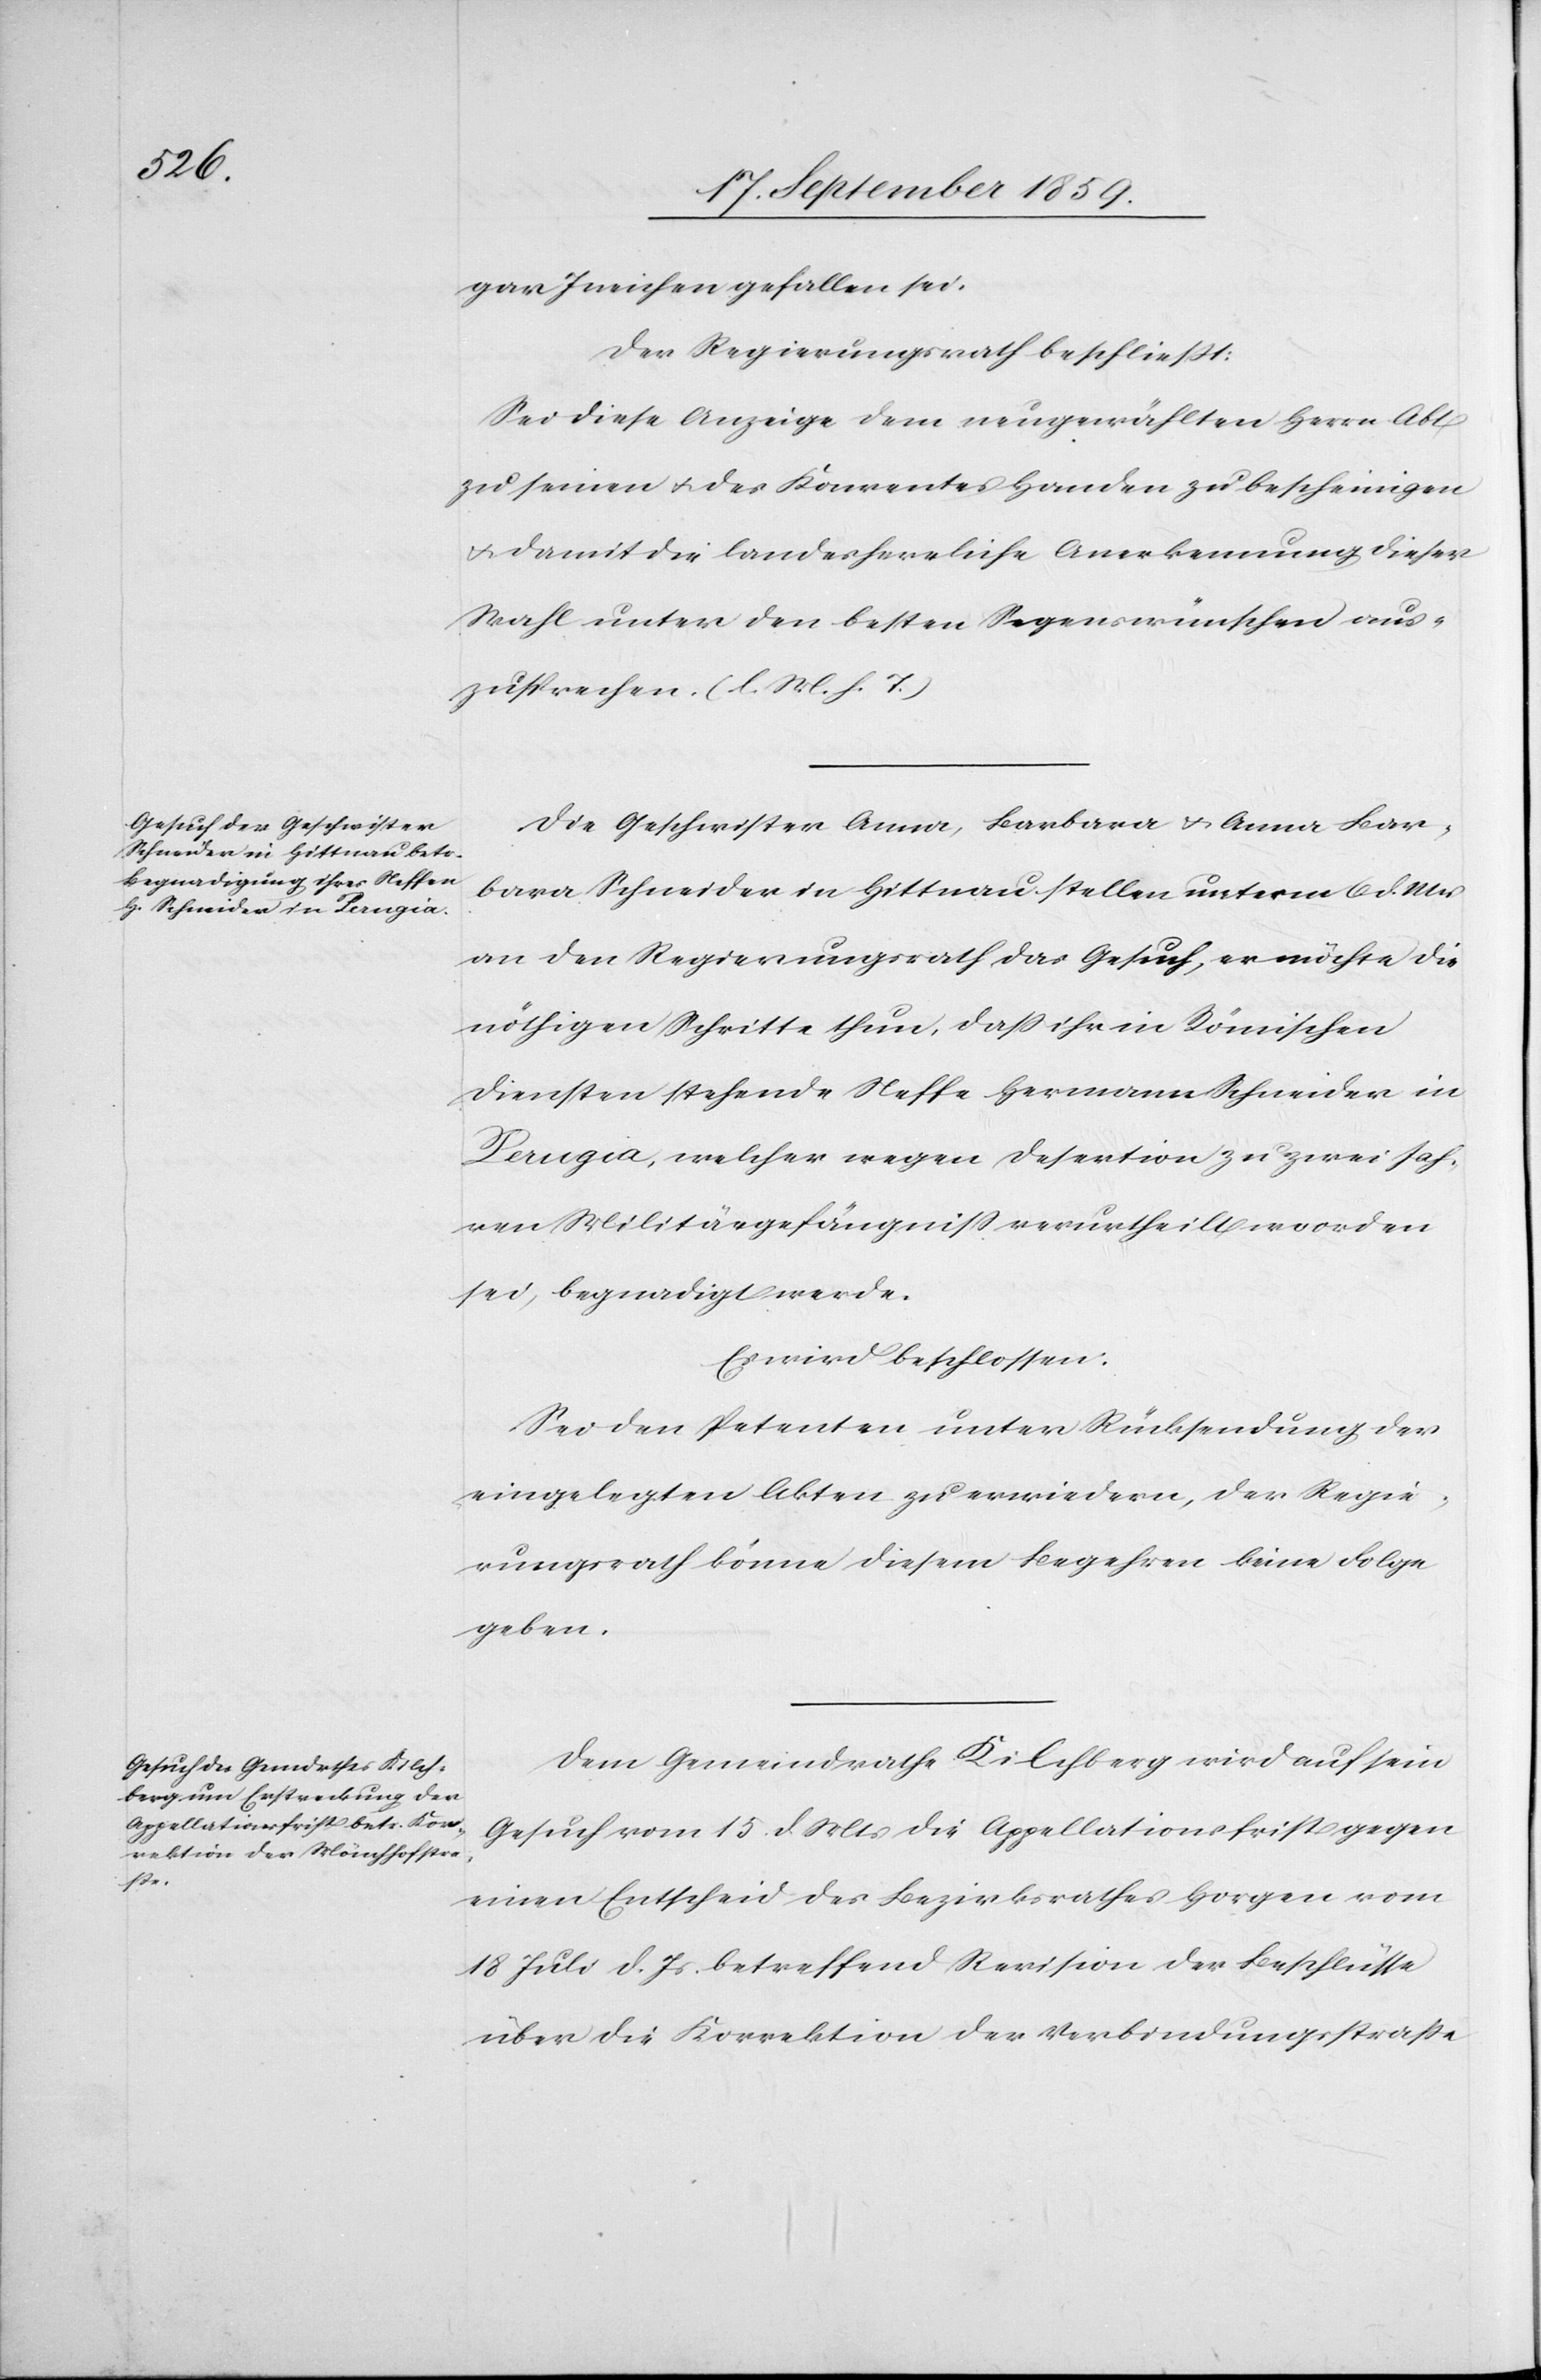
gar Ineichen gefallen sei.
Der Regierungsrath beschließt:
Sei diese Anzeige dem neugewählten Herrn Abt
zu seinen & des Konventes Handen zu bescheinigen
& damit die landesherrliche Anerkennung dieser
Wahl unter den besten Segenswünschen aus¬
zusprechen (l. M. h. T.)
Die Geschwister Anna, Barbara & Anna Bar¬
bara Schneider in Hittnau stellen unterm 6. d. Mts.
an den Regierungsrath das Gesuch, er möchte die
nöthigen Schritte thun, daß ihr in Römischen
Diensten stehende Neffe Hermann Schneider in
Perugia, welcher wegen Desertion zu zwei Jah¬
ren Militärgefängniß verurtheilt worden
sei, begnadigt werden.
Es wird beschlossen:
Sei den Petenten unter Rücksendung der
eingelegten Akten zu erwiedern, der Regie¬
rungsrath könne diesem Begehren keine Folge
geben.
Dem Gemeindrathe Kilchberg wird auf sein
Gesuch vom 15. d. Mts. die Appellationsfrist gegen
einen Entscheid des Bezirksrathes Horgen vom
18. Juli d. Js. betreffend Revision der Beschlüsse
über die Korrektion der Verbindungsstraße